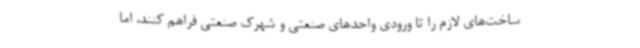
ساخت‌های لازم را تا ورودی واحدهای صنعتی و شهرک صنعتی فراهم کنند، اما